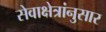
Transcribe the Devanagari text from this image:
सेवाक्षेत्रांनुसार